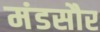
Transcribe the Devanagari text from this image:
मंडसौर